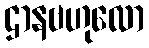
ဌာနဗဟုလော